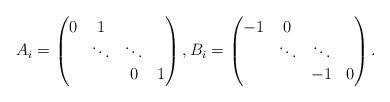
LaTeX: \begin{align*}A_i= \left( \begin{matrix} 0 & 1 & & \\ & \ddots & \ddots & \\ & & 0 & 1 \\ \end{matrix} \right),B_i = \left(\begin{matrix} -1 & 0 & & \\ & \ddots & \ddots & \\ & & -1 & 0 \\ \end{matrix} \right). \end{align*}